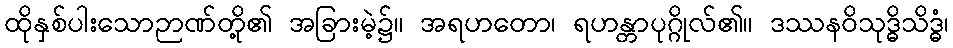
ထိုနှစ်ပါးသောဉာဏ်တို့၏ အခြားမဲ့၌။ အရဟတော၊ ရဟန္တာပုဂ္ဂိုလ်၏။ ဒဿနဝိသုဒ္ဓိသိဒ္ဓံ၊